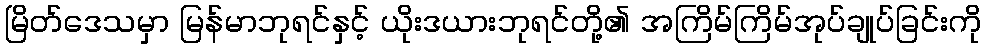
မြိတ်ဒေသမှာ မြန်မာဘုရင်နှင့် ယိုးဒယားဘုရင်တို့၏ အကြိမ်ကြိမ်အုပ်ချုပ်ခြင်းကို